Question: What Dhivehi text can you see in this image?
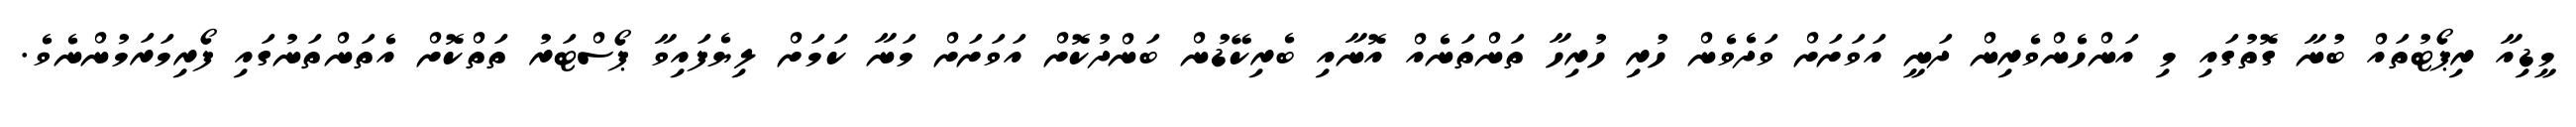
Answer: މީޑިއާ ރިޕޯޓުތައް ބުނާ ގޮތުގައި މި އަންހެންވެރިން ދަނީ އަވަށަށް ވަދެވެން ހުރި ހުރިހާ ތަންތަނެއް އޮނާއި ބެރިކޭޑުން ބަންދުކޮށް އަވަށަށް މަނާ ކަމަށް ލިޔެފައިވާ ޕޯސްޓަރު ތަތްކޮށް އެތަންތަނުގައި ފޯރިމަރަމުންނެވެ.